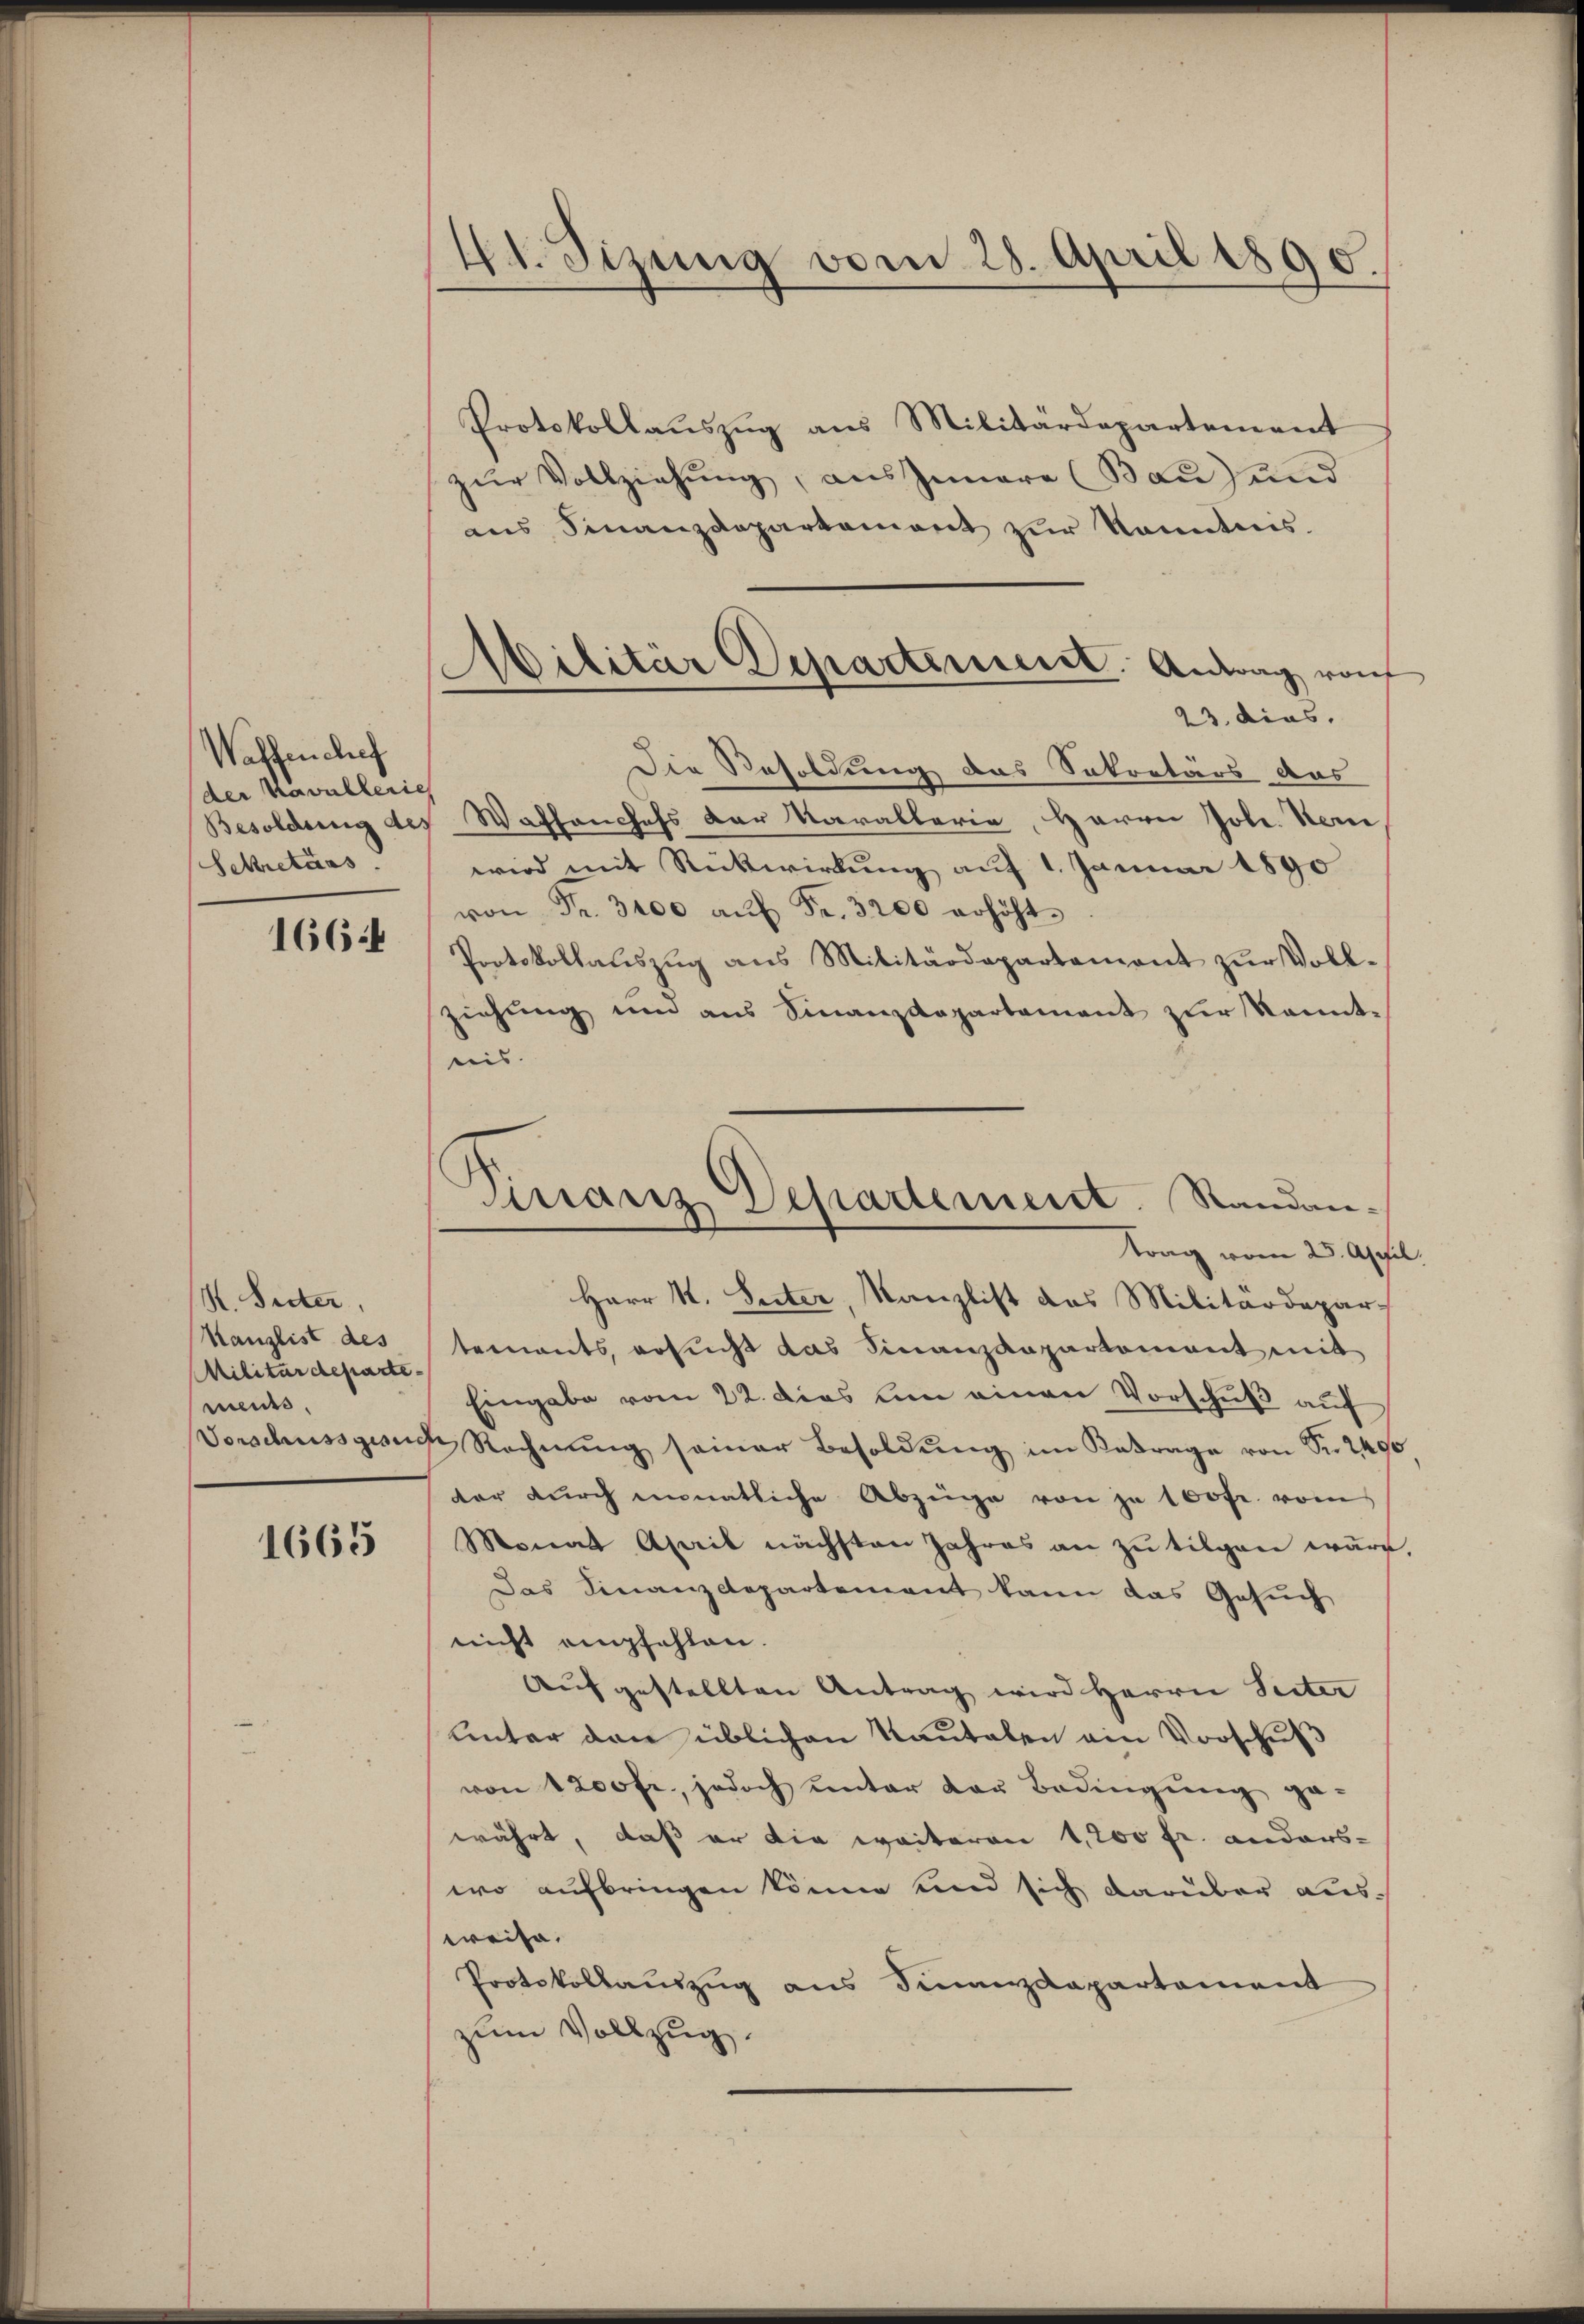
Waffenchef
der Kavallerich
Sekretärs

1664

K. Suter,
Kanzlist des
Militärdepartemeides.

1665

41. Sizung vom 28. April 1890.

Protokollaŭszŭg ans Militärdepartement
zur Vollziehung, aus Innere (Bau) und
ans Finanzdepartement zŭr kanntes.
23. dies
Die Resoldung das Sekretärs das
Besoldung des Waffenchefs der Marallerie, Herrn Jole. Her
wird mit Rückwirkung auf 1. Januar 1890
von Fr. 3400 aŭf Fr. 3200 erhöht.
Protokollauszug aus Militärdepartement zur Vollziehung und aus Finanzdepartement zur Kenntnis.
Herr K. Seiter, Kanzlist das Militärdepartements, ersucht das Finanzdepartement mit
Eingabe vom 22. Dies um einen Vorschuß auf
Vorschussgesuch Rechnŭng seiner Besoldŭng im Betrage von Sr. 240
der durch minatliche Abzüge von je 100fr. vom
Monat April nächsten Jahres an zu tilgen wäre
Das Finanzdepartement kann das Gesuch
nicht empfehlen.
Aufgestellten Antrag wird Herrn Seiter
Unter den üblichen Kautalen ain Vorschuß
von 1200 fr., jedoch unter den Bedingŭng ge-
währt, daß er die weiteren 1,200 fr. anders-
wo aufbringen könne und sich darüber ausweise,
Protokollaŭszŭg ans Finanzdepartement
zum Vollzug.

.
Militär Departement. Antrag von
.

Tirranz Departement. Standan-
trag vom 25. Apri